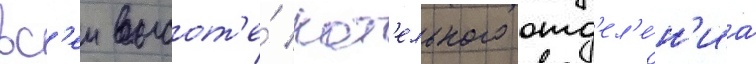
вс'еи высот'е́ кот'ельного отд'ел'е́н'иа